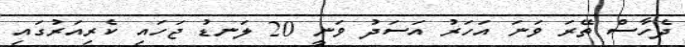
ދެހާސް ތޭރަ ވަނަ އަހަރު އަސަދު ވަނީ 20 ލަނޑު ޖަހައި ކެރިއަރުގައި